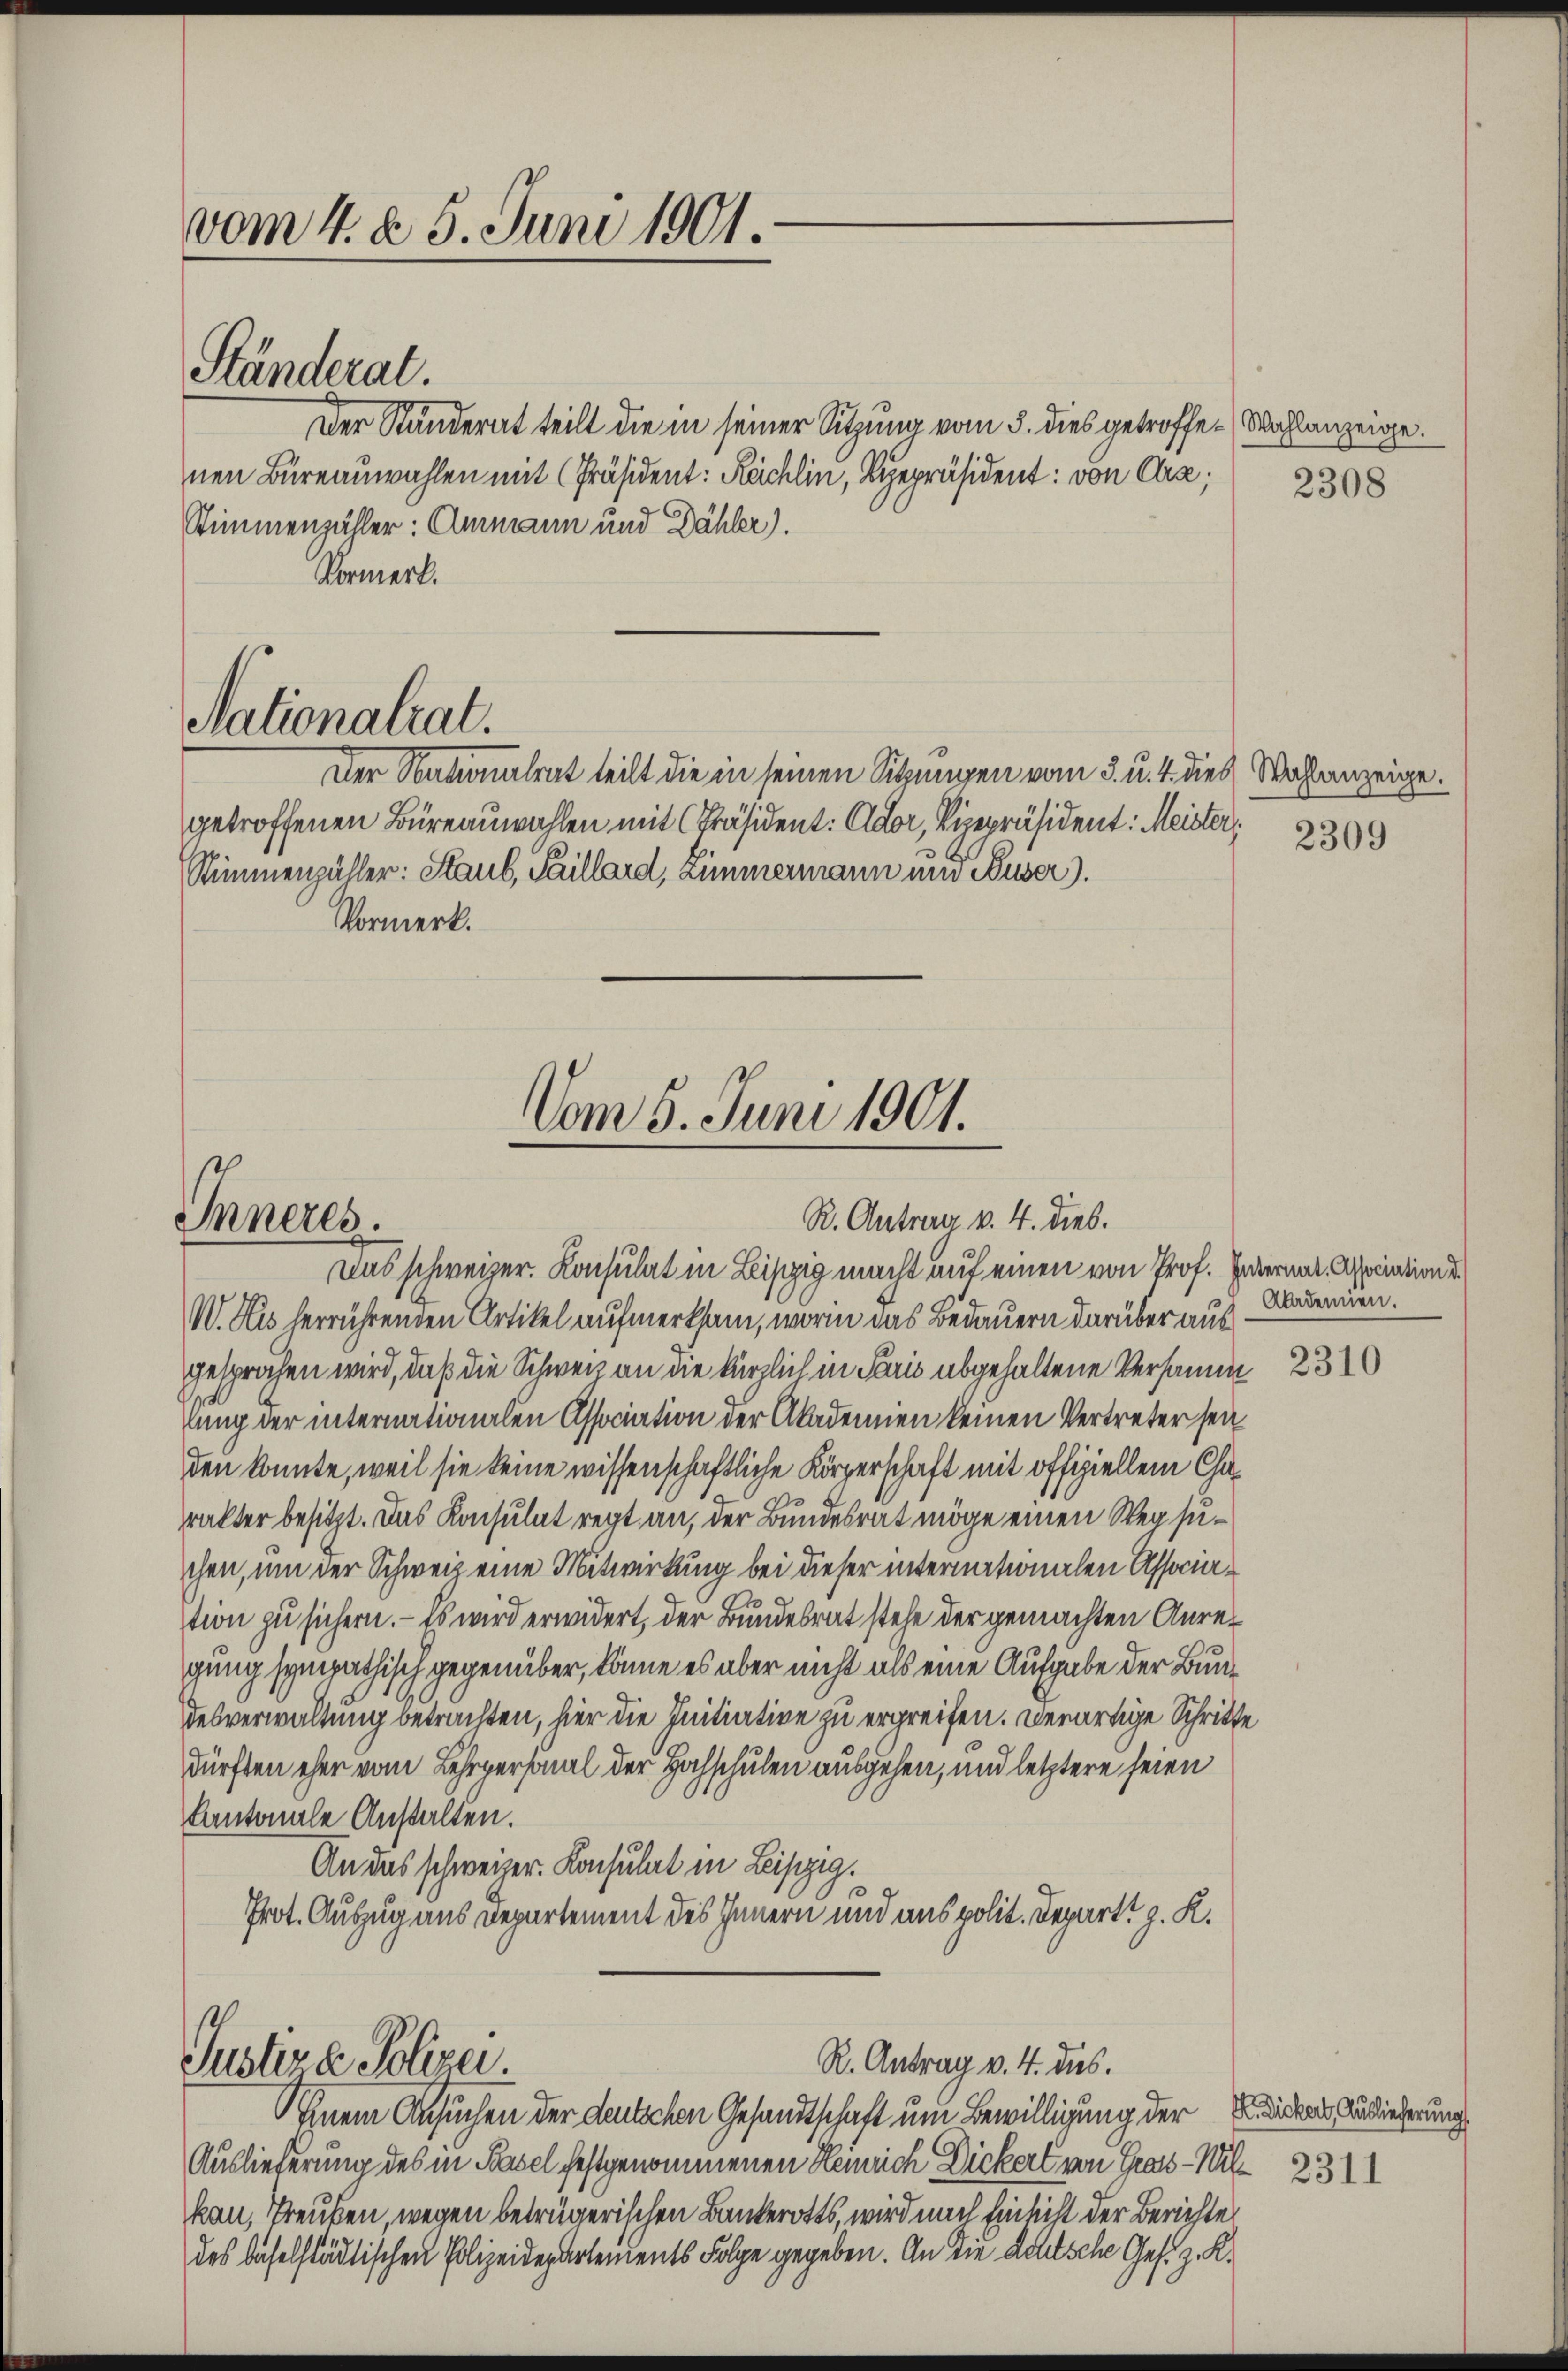
vom 4. d. 5. Juni 1901.

Ständerat.

Der Ständerat teilt die in seiner Sitzung vom 5. dies getroffe. Wahlanzeige.
nen Büreauwahlen mit Präsident: Kächlin, Siepräsident: von Cra;
Stimmenzähler: Ammann und Dähler).
Vormerk.

Nationalrat.
Der Nationalrat teilt die in seinen Sitzungen vom 3. u. 4. dies Wahlanzeige.

getroffenen Büreauwahlen mit Präsident: Ador, Vizepräsident: Meister,
Stimmenzähler: Staub, Faillard, Zimmermann und Huser).
Vormerk.

Inneres.

Vom 5. Juni 1901.

R. Antrag v. 4. dieb.

R. Antrag v. 4. das.
Justiz a. Polizei.

Das schweizer. Konsulat in Liszig macht auf einen von Prof. Internar. Association d
W. Hus herrührenden Artikel aufmerksam, worin das Bedauern darüber aus
gesprochen wird, daß die Schweiz an die kürzlich in Paris abgehaltene Versamm
lung der internationalen Association der Akademien keinen Vertreter sei
den konnte, weil sie keine wissenschaftliche Körperschaft mit offiziellem Charakter besitzt. Das Konsulat regt an, der Bundesrat möge einen Weg suchen, um der Schweiz eine Mitwirkung bei dieser internationalen Association zu sichern. – Es wird erwidert, der Bundesrat stehe der gemachten Anregung sympathisch gegenüber, könne es aber nicht als eine Aufgabe der Bundesverwaltung betrachten, hier die Initiative zu ergreifen. Derartige Schritte
dürften eher vom Lehrpersonal der Hochschulen ausgehen, und letztere seien
kantonale Anstalten.
An das schweizer. Konsulat in Leipzig.
Prot. Auszug aus Departement des Innern und aus polit. Depart z. K.

Einem Ansuchen der deutschen Gesandtschaft um Bewilligung der die Ansiederung
Auslieferung des in Basel festgenommenen Heinrich Dickert von Gras -Wil 231
kan, Treuben, wegen betrügerischen Bankerotts, wird nach Einsicht der Berichte
des baselstädtischen Polizeidepartements Folge gegeben. An die Achtsche Ges. z. K.

2308

2309

Akademien.

2310